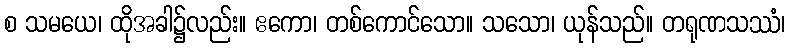
စ သမယေ၊ ထိုအခါ၌လည်း။ ဧကော၊ တစ်ကောင်သော။ သသော၊ ယုန်သည်။ တရုဏသဿံ၊